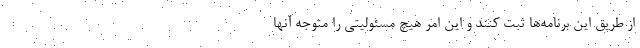
از طریق این برنامه‌ها ثبت کنند و این امر هیچ مسئولیتی را متوجه آنها